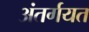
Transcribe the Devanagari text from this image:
अंतर्गयत